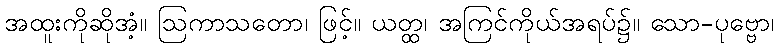
အထူးကိုဆိုအံ့။ ဩကာသတော၊ ဖြင့်။ ယတ္ထ၊ အကြင်ကိုယ်အရပ်၌။ သော-ပုဗ္ဗော၊